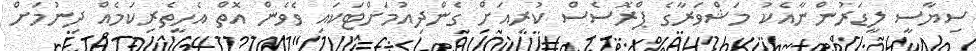
ސިޔާސީ ލީޑަރުންނާއެކު މަޝްވަރާގެ ޕްރޮސެސް ކުރިއަށް ގެންދިއުމަށްޓަކައި ވެވެން އޮތް އެހީތެރިކަމެއް ދިނުމަށް